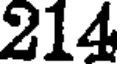
214